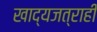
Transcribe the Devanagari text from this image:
खाद्यजत्राही